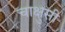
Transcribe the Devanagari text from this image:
चाक्षुसी